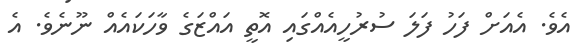
އެވެ. އެއަށް ފަހު ފަލަ ސުރުހީއެއްގައި އޮތީ އައްޒަގެ ވާހަކައެއް ނޫނެވެ. އެ